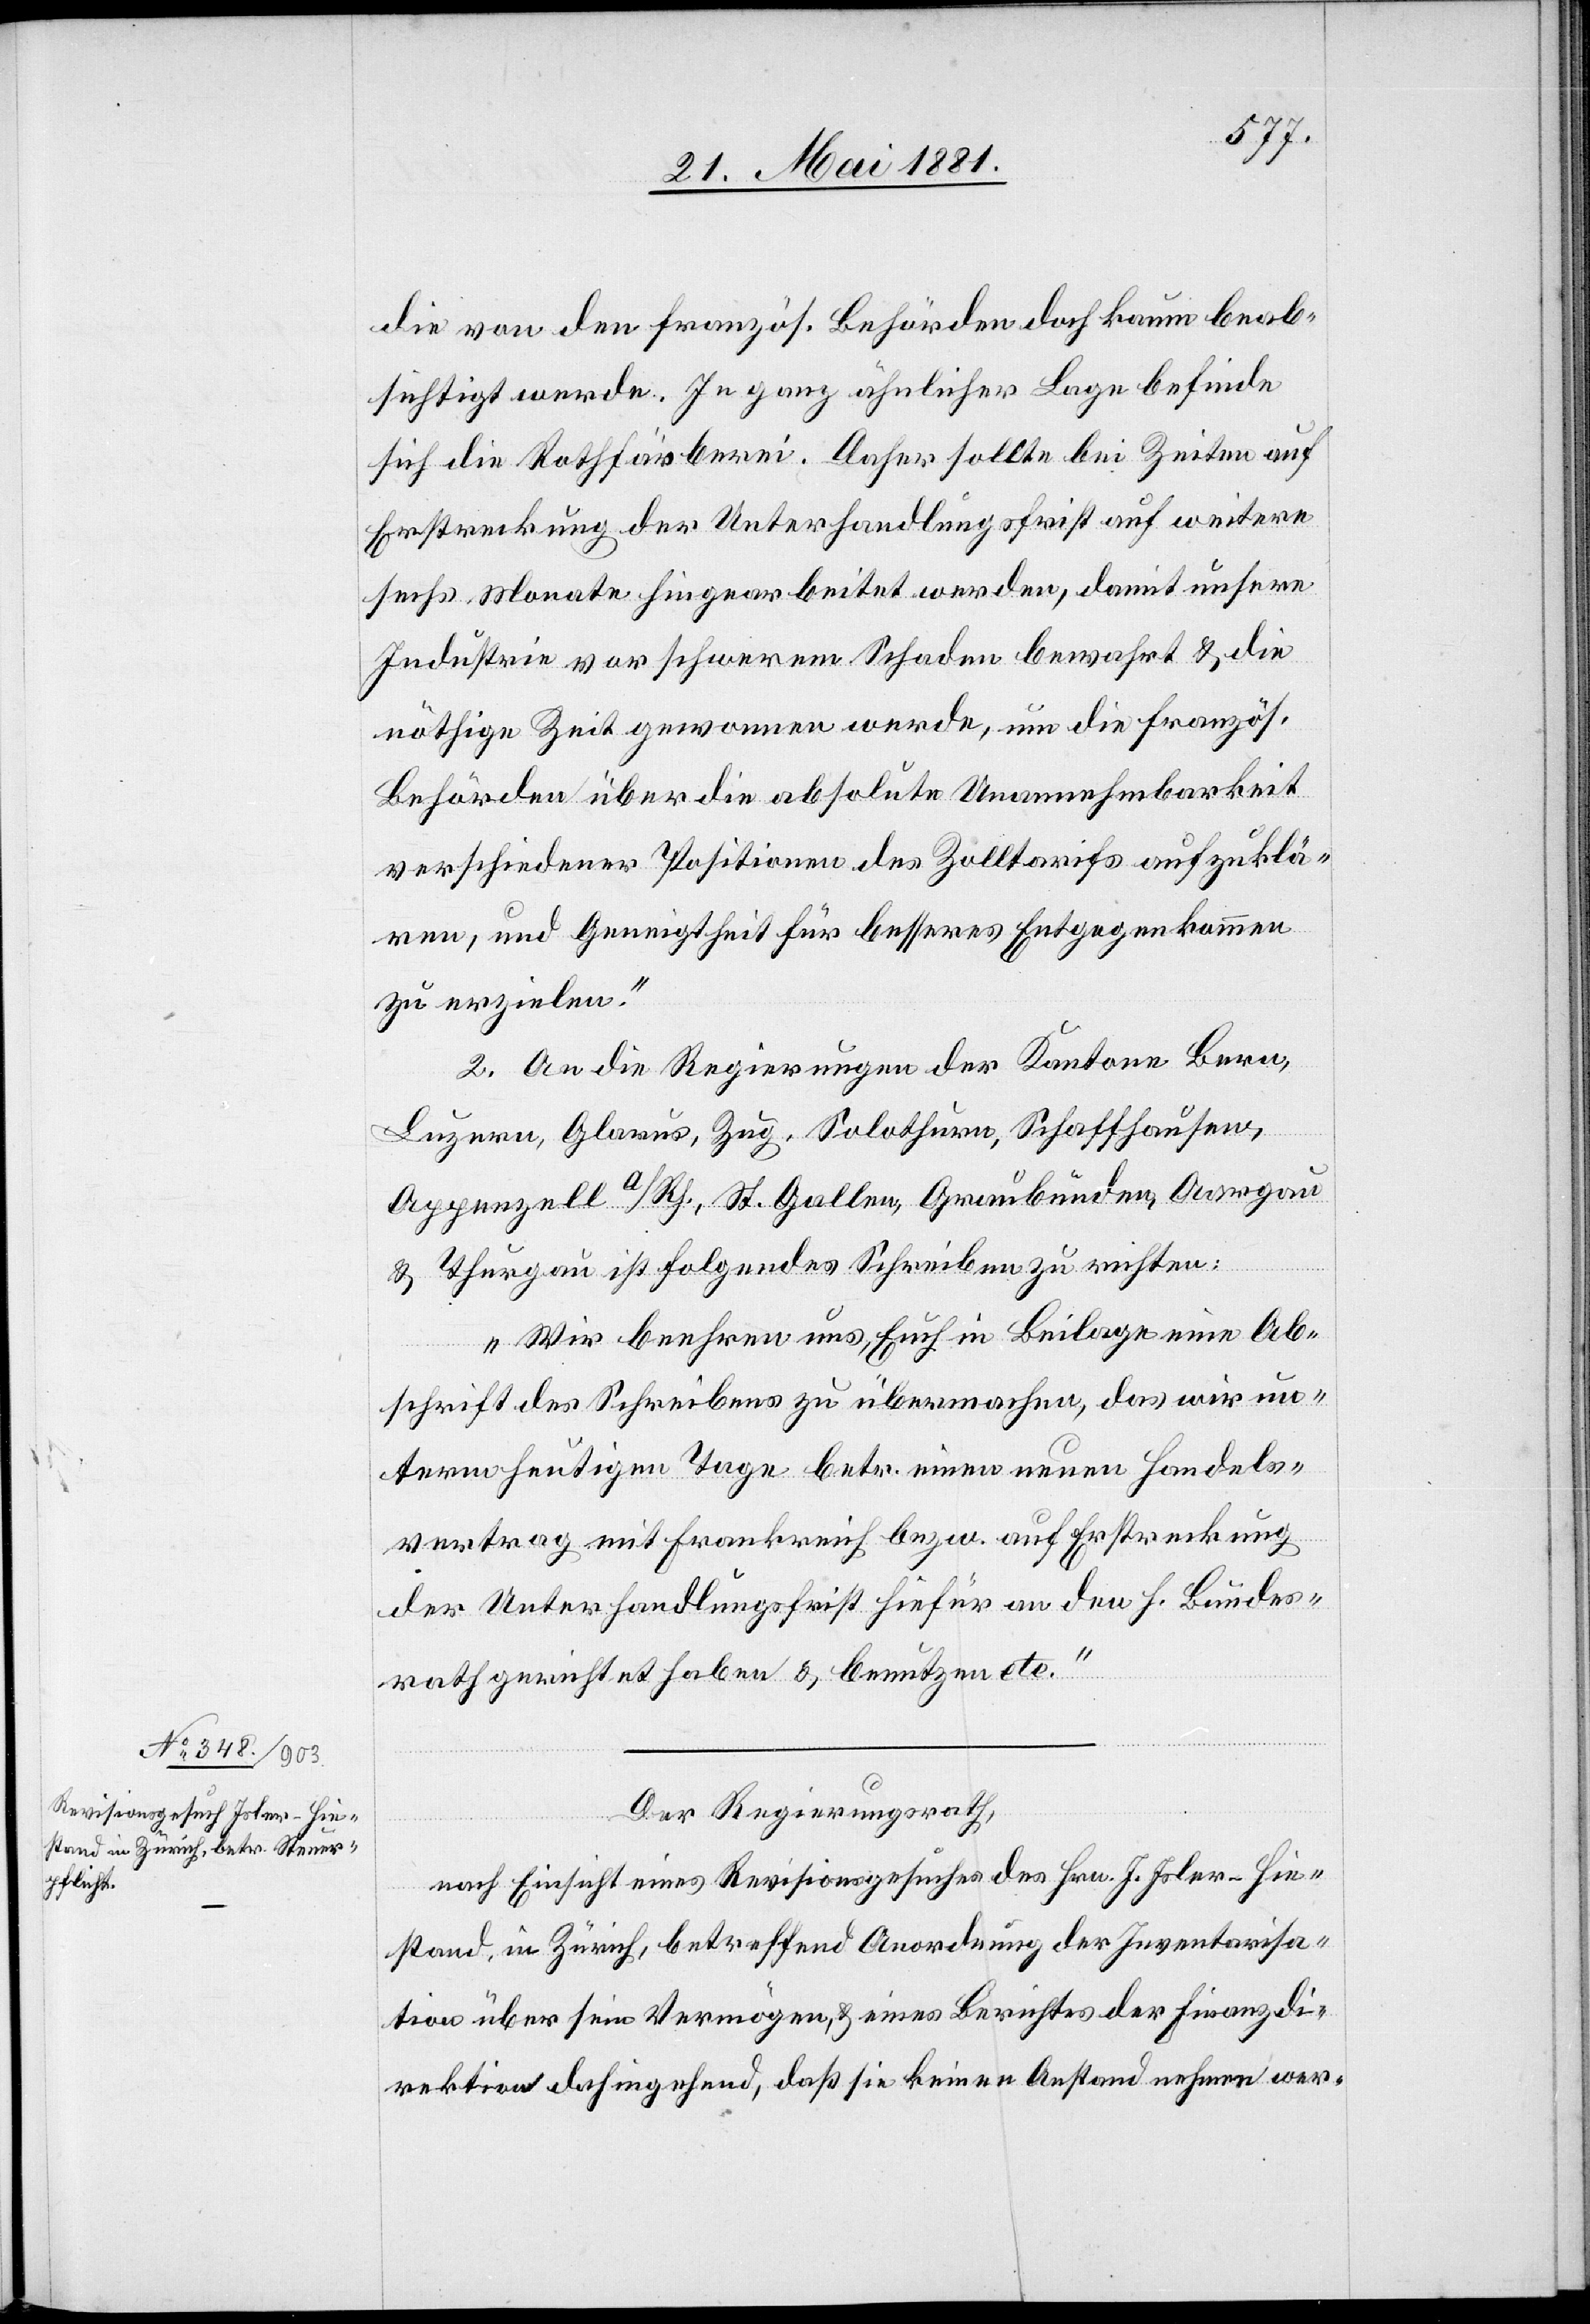
die von den französ. Behörden doch kaum beab¬
sichtigt werde. In ganz ähnlicher Lage befinde
sich die Rothfärberei. Daher sollte bei Zeiten auf
Erstreckung der Unterhandlungsfrist auf weitere
sechs Monate hingearbeitet werden, damit unsere
Industrie vor schwerem Schaden bewahrt & die
nöthige Zeit genommen werde, um die französ.
Behörden über die absolute Unannehmbarkeit
verschiedener Positionen des Zolltarifs aufzuklä¬
ren, und Geneigtheit für besseres Entgegenkommen
zu erzielen.“
II. An die Regierungen der Kantone Bern,
Luzern, Glarus, Zug, Solothurn, Schaffhausen,
Appenzell a/Rh., St. Gallen, Graubünden, Aargau
& Thurgau ist folgendes Schreiben zu richten:
„Wir beehren uns, Euch in Beilage eine Ab¬
schrift des Schreibens zu übermachen, das wir un¬
term heutigen Tage betr. einen neuen Handels¬
vertrag mit Frankreich bezw. auf Erstreckung
der Unterhandlungsfrist hiefür an den h. Bundes¬
rath gerichtet haben & benutzen etc.“
Der Regierungsrath,
nach Einsicht eines Revisionsgesuches des Hrn. J. Isler-Hie¬
stand, in Zürich, betreffend Anordnung der Inventarisa¬
tion über sein Vermögen, & eines Berichtes der Finanzdi¬
rektion dahingehend, daß sie keinen Anstand nehmen wer-